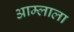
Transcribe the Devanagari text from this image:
आम्लाला